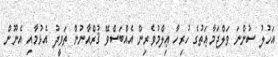
އަހުލު ސުންނަ ވަލްޖަމާޢަތުގެ ހުރިހާ ޢިލްމުވެރިން އެއްބަސްވޭ ޤުރްއާނުން ތަވީދު އެޅުމާއި އެނޫން